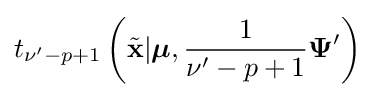
t_{\nu '-p+1}\left({\tilde {\mathbf {x} }}|{\boldsymbol {\mu }},{\frac {1}{\nu '-p+1}}{\boldsymbol {\Psi }}'\right)